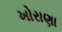
ખોરાણા